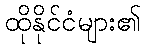
ထိုနိုင်ငံများ၏